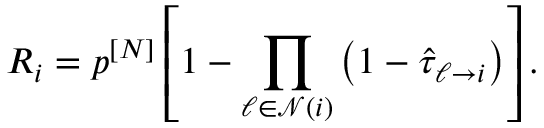
R _ { i } = p ^ { [ N ] } \left[ 1 - \prod _ { \ell \in \mathcal { N } ( i ) } \left( 1 - \hat { \tau } _ { \ell \rightarrow i } \right) \right] .